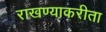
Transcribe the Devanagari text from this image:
राखण्याकरीता